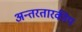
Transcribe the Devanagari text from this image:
अन्तरतारकीय